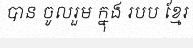
បាន ចូលរួម ក្នុង របប ខ្មែរ